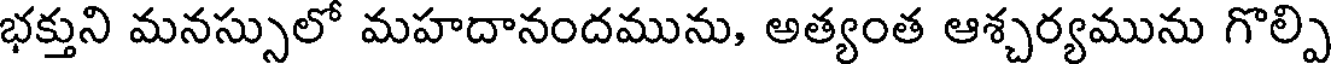
భక్తుని మనస్సులో మహదానందమును, అత్యంత ఆశ్చర్యమును గొల్పి